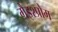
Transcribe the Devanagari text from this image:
गैइश्प्रोम